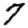
Digit: 7